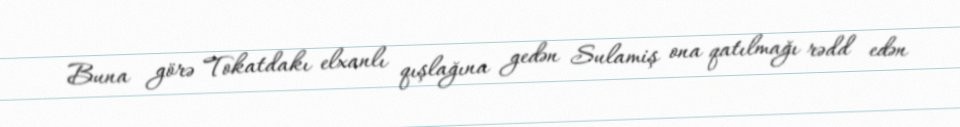
Buna görə Tokatdakı elxanlı qışlağına gedən Sulamiş ona qatılmağı rədd edən